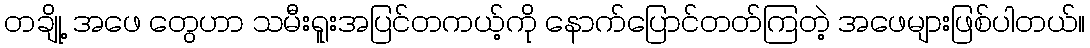
တချို့ အဖေ တွေဟာ သမီးရူးအပြင်တကယ့်ကို နောက်ပြောင်တတ်ကြတဲ့ အဖေများဖြစ်ပါတယ်။